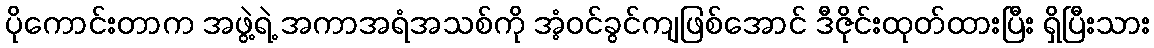
ပိုကောင်းတာက အဖွဲ့ရဲ့ အကာအရံအသစ်ကို အံ့ဝင်ခွင်ကျဖြစ်အောင် ဒီဇိုင်းထုတ်ထားပြီး ရှိပြီးသား